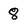
Character: 8